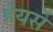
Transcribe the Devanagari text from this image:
हेयर्से